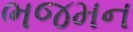
ભજમન